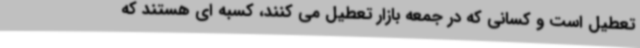
تعطیل است و کسانی که در جمعه بازار تعطیل می کنند، کسبه ای هستند که